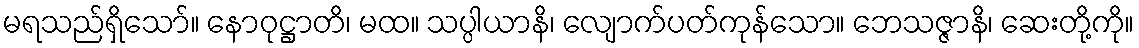
မရသည်ရှိသော်။ နောဝုဋ္ဌာတိ၊ မထ။ သပ္ပါယာနိ၊ လျောက်ပတ်ကုန်သော။ ဘေသဇ္ဇာနိ၊ ဆေးတို့ကို။